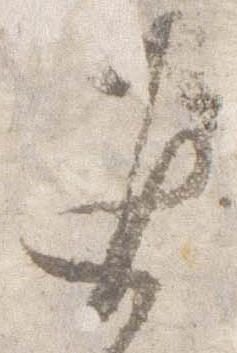
返